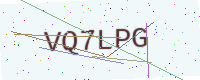
Text: VQ7LPG